Annual report of the Punjab Veterinary College and of the Civil Veterinary Department, Punjab - 1894-1908
Year: 1894
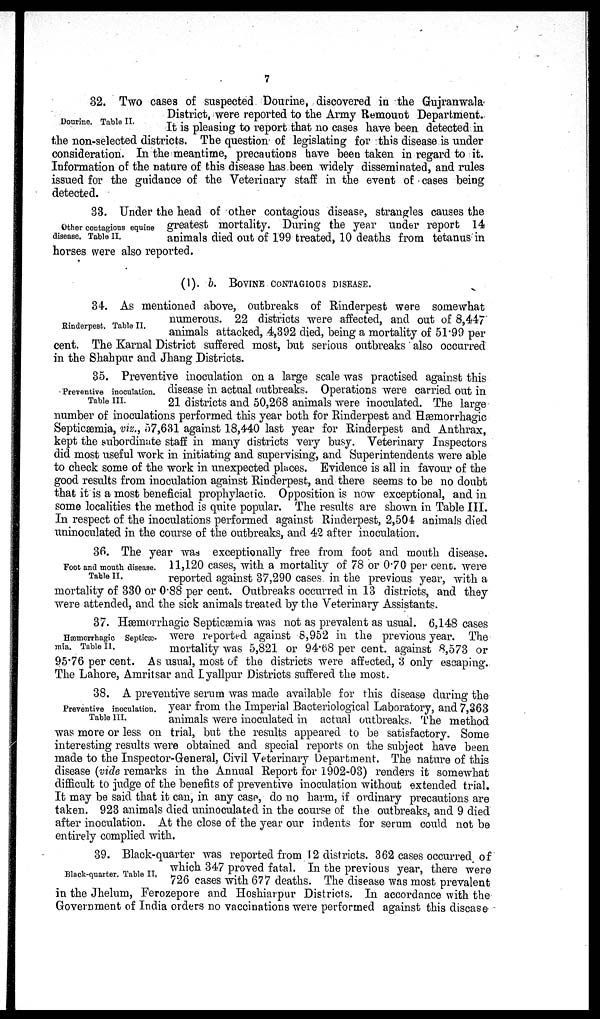
7
Dourine. Table II.
32. Two cases of suspected Dourine, discovered in the Gujranwala
District, were reported to the Army Remount Department.
It is pleasing to report that no cases have been detected in
the non-selected districts. The question of legislating for this disease is under
consideration. In the meantime, precautions have been taken in regard to it.
Information of the nature of this disease has been widely disseminated, and rules
issued for the guidance of the Veterinary staff in the event of cases being
detected.
Other contagious equine
disease. Table II.
33. Under the head of other contagious disease, strangles causes the
greatest mortality. During the year under report 14
animals died out of 199 treated, 10 deaths from tetanus in
horses were also reported.
(1). b. BOVINE CONTAGIOUS DISEASE.
Rinderpest. Table II.
34. As mentioned above, outbreaks of Rinderpest were somewhat
numerous. 22 districts were affected, and out of 8,447
animals attacked, 4,392 died, being a mortality of 51.99 per
cent. The Karnal District suffered most, but serious outbreaks also occurred
in the Shahpur and Jhang Districts.
Preventive inoculation.
Table III.
35. Preventive inoculation on a large scale was practised against this
disease in actual outbreaks. Operations were carried out in
21 districts and 50,268 animals were inoculated. The large
number of inoculations performed this year both for Rinderpest and Hæmorrhagic
Septicæmia, viz., 57,631 against 18,440 last year for Rinderpest and Anthrax,
kept the subordinate staff in many districts very busy. Veterinary Inspectors
did most useful work in initiating and supervising, and Superintendents were able
to check some of the work in unexpected places. Evidence is all in favour of the
good results from inoculation against Rinderpest, and there seems to be no doubt
that it is a most beneficial prophylactic. Opposition is now exceptional, and in
some localities the method is quite popular. The results are shown in Table III.
In respect of the inoculations performed against Rinderpest, 2,504 animals died
uninoculated in the course of the outbreaks, and 42 after inoculation.
Foot and mouth disease.
Table II.
36. The year was exceptionally free from foot and mouth disease.
11,120 cases, with a mortality of 78 or 0.70 per cent. were
reported against 37,290 cases in the previous year, with a
mortality of 330 or 0.88 per cent. Outbreaks occurred in 13 districts, and they
were attended, and the sick animals treated by the Veterinary Assistants.
Hæmorrhagic Septicæ-
mia. Table II.
37. Hæmorrhagic Septicæmia was not as prevalent as usual. 6,148 cases
were reported against 8,952 in the previous year. The
mortality was 5,821 or 94.68 per cent. against 8,573 or
95.76 per cent. As usual, most of the districts were affected, 3 only escaping.
The Lahore, Amritsar and Lyallpur Districts suffered the most.
Preventive inoculation.
Table III.
38. A preventive serum was made available for this disease during the
year from the Imperial Bacteriological Laboratory, and 7,363
animals were inoculated in actual outbreaks. The method
was more or less on trial, but the results appeared to be satisfactory. Some
interesting results were obtained and special reports on the subject have been
made to the Inspector-General, Civil Veterinary Department. The nature of this
disease (vide remarks in the Annual Report for 1902-03) renders it somewhat
difficult to judge of the benefits of preventive inoculation without extended trial.
It may be said that it can, in any case, do no harm, if ordinary precautions are
taken. 923 animals died uninoculated in the course of the outbreaks, and 9 died
after inoculation. At the close of the year our indents for serum could not be
entirely complied with.
Black-quarter. Table II.
39. Black-quarter was reported from 12 districts. 362 cases occurred of
which 347 proved fatal. In the previous year, there were
726 cases with 677 deaths. The disease was most prevalent
in the Jhelum, Ferozepore and Hoshiarpur Districts. In accordance with the
Government of India orders no vaccinations were performed against this disease